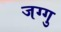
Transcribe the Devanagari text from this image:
जग्गु